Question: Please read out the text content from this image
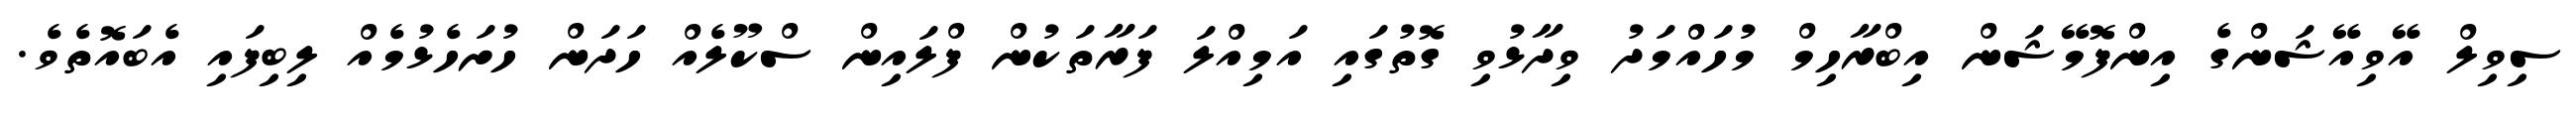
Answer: ސިވިލް އޭވިއޭޝަންގެ އިންފޮމޭޝަން އިބްރާހިމް މުހައްމަދު ވިދާޅުވި ގޮތުގައި އަމިއްލަ ފަރާތަކުން ފްލައިން ސްކޫލެއް ހަދަން ހުށަހެޅުމެއް ލިބިފައި އެބައޮތެވެ.